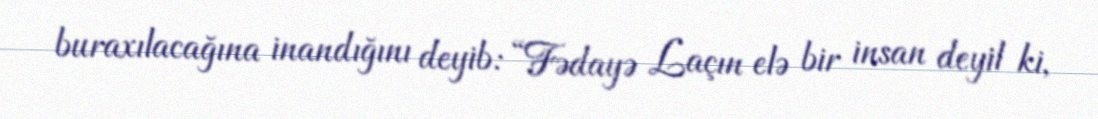
buraxılacağına inandığını deyib: “Fədayə Laçın elə bir insan deyil ki,